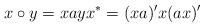
LaTeX: \begin{align*}x\circ y = xay x^* = (xa)' x (ax)'\end{align*}